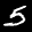
Label: 5